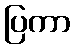
ပြကာ